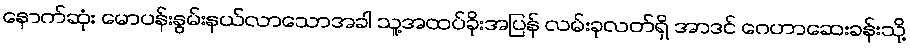
နောက်ဆုံး မောပန်းနွမ်းနယ်လာသောအခါ သူ့အထပ်ခိုးအပြန် လမ်းခုလတ်ရှိ အာဒင် ဂေဟာဆေးခန်းသို့